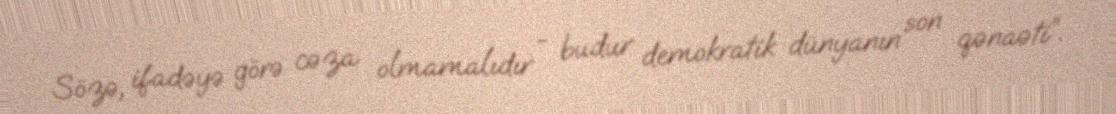
Sözə, ifadəyə görə cəza olmamalıdır - budur demokratik dünyanın son qənaəti”.